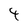
Character: 4